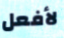
لأفعل